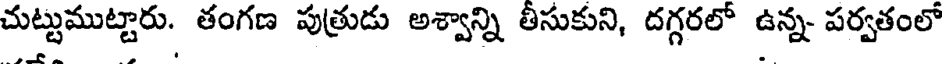
చుట్టుముట్టారు. తంగణ పుత్రుడు అశ్వాన్ని తీసుకుని, దగ్గరలో ఉన్న పర్వతంలో